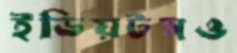
ইডিয়টসও